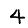
Digit: 4